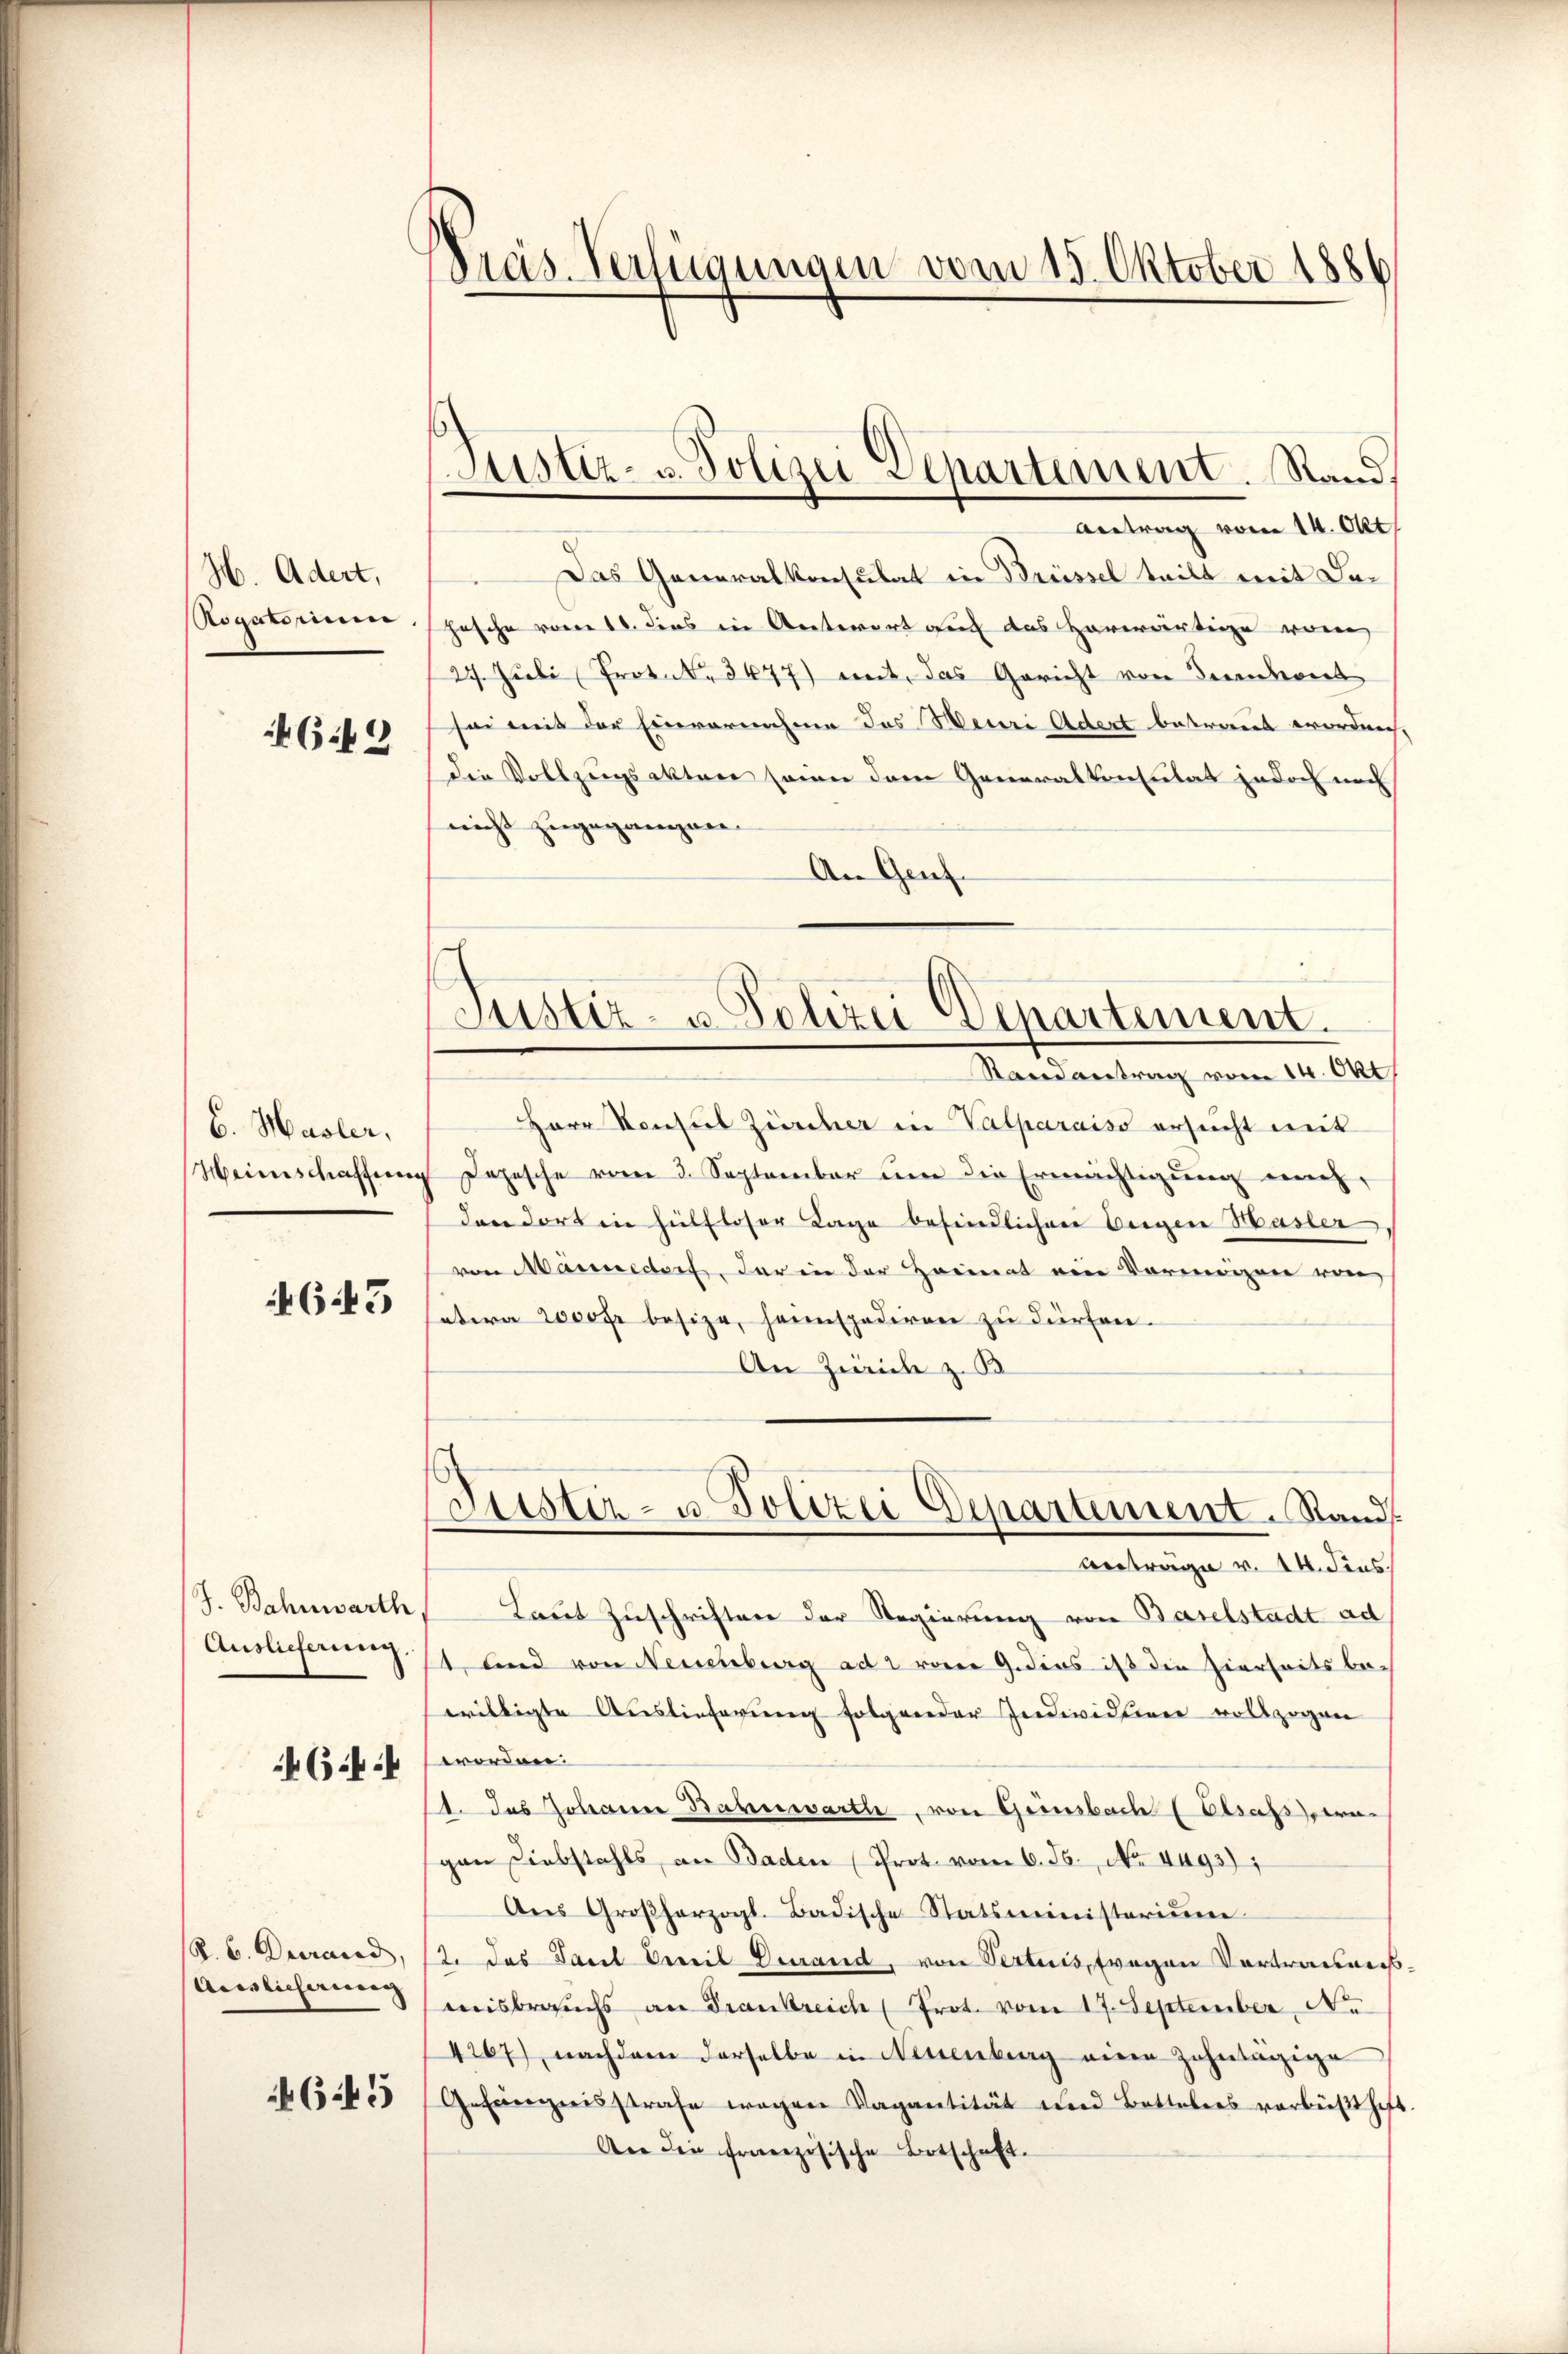
H. Adert,
Rogatorium

6.19

6. Hasler,
Heinschaffung

643

J. Bahnwarth,
Auslieferung.

6.44

R. b. Durand,
Acaslieferirung

645

Präs. Verfügungen vom 15. Oktober 1886

Justiz- u. Polizei Departement. Stand.

Antrag vom 14. Okt.
Das Generalkonsulat in Brüssel teilt mit der
hasche vom 11. dies in Antwort auch das Haverwärtige waren
27. Juli Protok. 3477) weit, das Gericht von Fernkont
sei mit der Einvernahme des Meuri Adert betraut worden,
die Vollzungsakten seien dem Generalkonsulat jedoch noch
nicht zugegangnen.
An Genf.

Justiz- u. Polizei Departement.
Stand antrag vom 14. Okt

Justiz- u. Polizei Departement. Stand
Anträge v. 14. dies

Herr Konsul Zürcher in Valparaiso ersucht mit
Depesche vom 3. September um die Ermächtigung mich,
dandort in hülfloser Lage befindlichen Eigen Hasler,
von Männedorf, der in der Heimat ein Vermögen von
etwa 2000 fr besize, heimspediren zŭ dürfen.
An Zürich z. B
Laut Zuschriften der Regierung von Baselstadt ad
t, und von Neuenburg ad 2 vom 9. dies ist die hierseitsbeeriltigte Auslieferung folgender Individuen vollzogen
worden.
1. das Johanne Bahnwärte, von Grinsbach Elsassern
gan Diebstahls, an Baden (Prot. vom 6. Js., No. 4493);
Ans Großherzogl. Badische Statsministerium
2. das Sacel Vereit Degrand, von Verteis, fragen Vortrauen
misbrauchs an Frankreich Prot. vom 17. September N.
4267) nachdem derselbe in Neuenburg einen Zehntägige
Gefängnisstrafe wegen Vagantität und Battalers verbüßt haft
An die französische Botschaft.